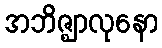
အဘိဇ္ဈာလုနော